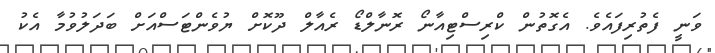
ވަނީ ފެތުރިފައެވެ. އެގޮތުން ކްރިސްޓިއާނޯ ރޮނާލްޑޯ ރެއާލް ދޫކޮށް ޔުވެންޓަސްއަށް ބަދަލުވުމާ އެކު